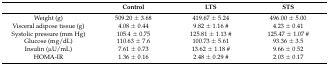
<table><thead><tr><td></td><td><b>Control</b></td><td><b>LTS</b></td><td><b>STS</b></td></tr></thead><tbody><tr><td>Weight (g)</td><td>509.20 ± 3.68</td><td>419.67 ± 5.24</td><td>496.00 ± 5.00</td></tr><tr><td>Visceral adipose tissue (g)</td><td>4.08 ± 0.44</td><td>9.82 ± 1.16 #</td><td>4.23 ± 0.41</td></tr><tr><td>Systolic pressure (mm Hg)</td><td>105.4 ± 0.75</td><td>125.81 ± 1.13 #</td><td>125.47 ± 1.07 #</td></tr><tr><td>Glucose (mg/dL)</td><td>110.63 ± 7.6</td><td>100.73 ± 5.61</td><td>93.36 ± 3.5</td></tr><tr><td>Insulin (μU/mL)</td><td>7.61 ± 0.73</td><td>13.62 ± 1.18 #</td><td>9.66 ± 0.52</td></tr><tr><td>HOMA-IR</td><td>1.36 ± 0.16</td><td>2.48 ± 0.29 #</td><td>2.03 ± 0.17</td></tr></tbody></table>